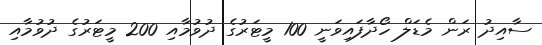
ސާއިދު ރަން މެޑަލް ހޯދާފައިވަނީ 100 މީޓަރުގެ ދުވުމާއި 200 މީޓަރުގެ ދުވުމާއި